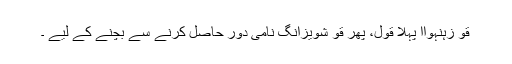
قو زہنہواا پہلا قول، پھر قو شویزانگ نامی دور حاصل کرنے سے بچنے کے لیے ۔